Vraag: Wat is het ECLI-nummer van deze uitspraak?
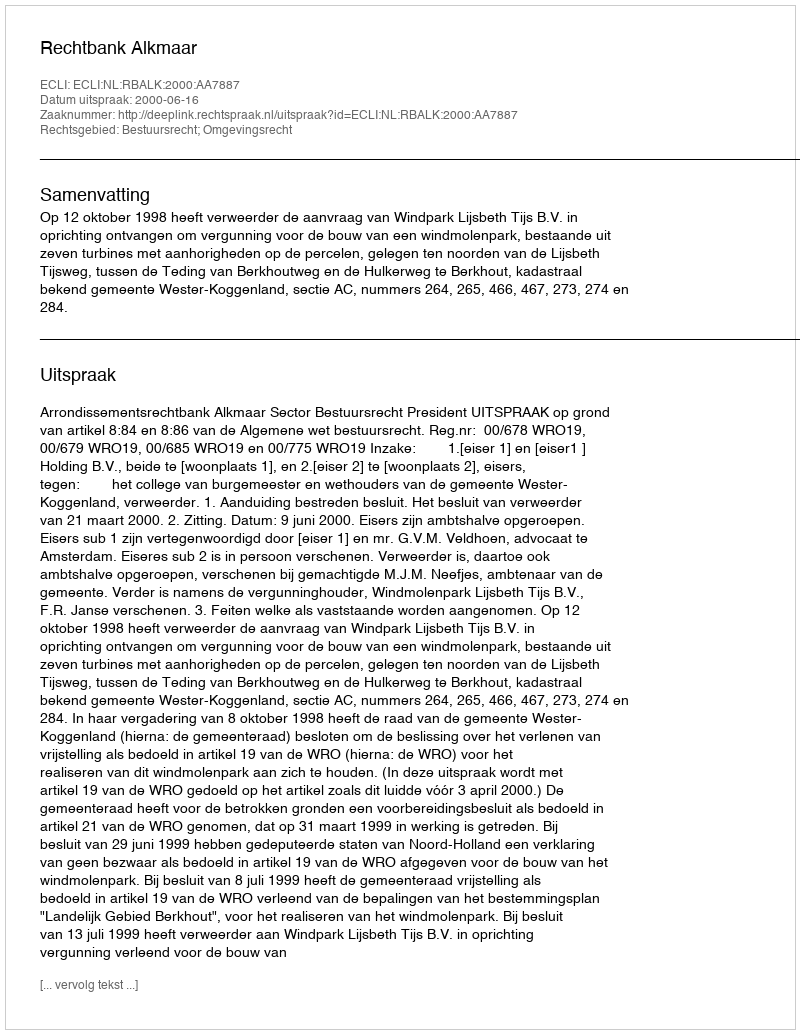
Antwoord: ECLI:NL:RBALK:2000:AA7887